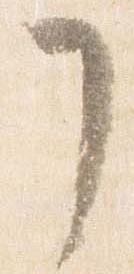
了